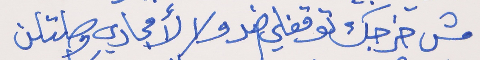
مش خرجك توقفلي ضد     ولا لأمجادي وصلتلن